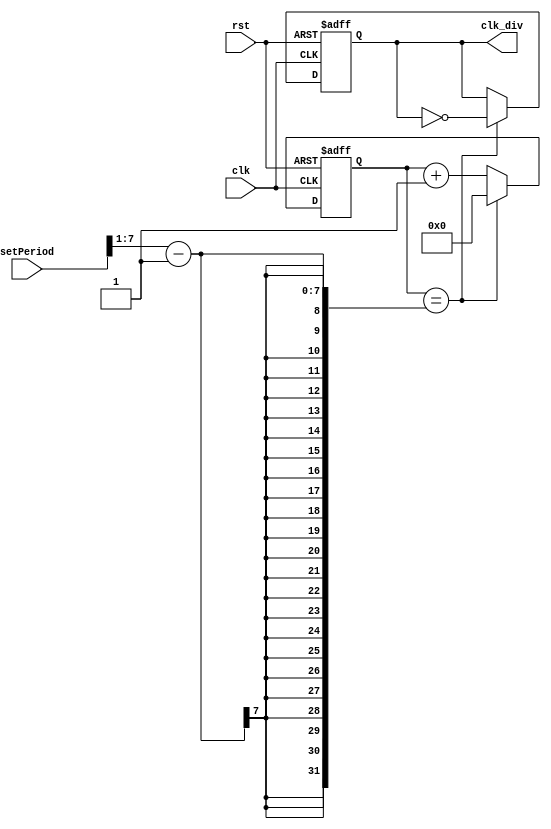
`timescale 1 ps/ 1 ps

module freqencyRegulator (clk,
                	         rst,
                          setPeriod,
            	   	 	 	 	   clk_div
                          );

    input clk,
          rst;
    input [7:0] setPeriod;
    output reg clk_div;
         
    reg  [7:0] count;
    wire [7:0] halfPeriod;
 
    assign halfPeriod = {1'b0, setPeriod[7:1]};
 
    always @ (posedge(clk), posedge(rst)) begin
        if (rst == 1'b1)
            count <= 32'b0;
        else if (count == halfPeriod - 1)
            count <= 32'b0;
        else
            count <= count + 1;
    end

    always @ (posedge(clk), posedge(rst)) begin
        if (rst == 1'b1)
            clk_div <= 1'b0;
        else if (count == halfPeriod - 1)
            clk_div <= ~clk_div;
        else
            clk_div <= clk_div;
    end
endmodule